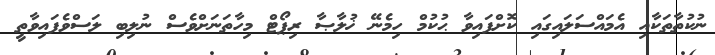
ނުކުތާތަކާއި އެމައްސަލައިގައި ކޮށްފައިވާ ޙުކުމް ހިމެނޭ ޚުލާޞާ ރިޕޯޓް މިހާތަނަށްވެސް ނުލިބި ލަސްވެފައިވާތީ